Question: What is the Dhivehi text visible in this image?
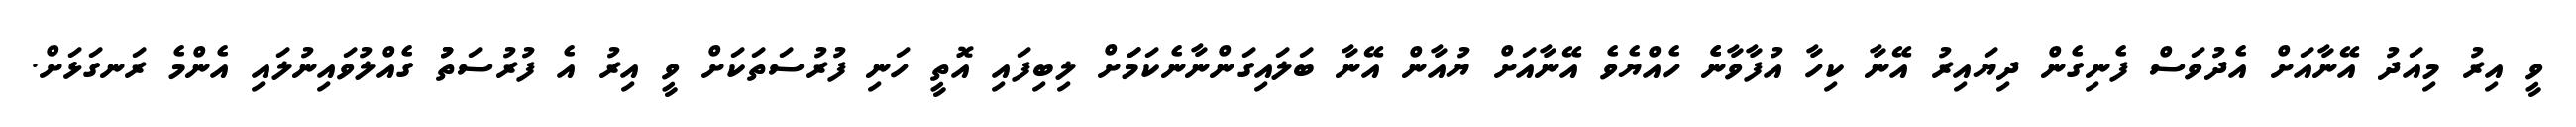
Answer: ވީ އިރު މިއަދު އޭނާއަށް އެދުވަސް ފެނިގެން ދިޔައިރު އޭނާ ކިހާ އުފާވާނެެ ހެއްޔެވެ އޭނާއަށް ޔުއާން އޭނާ ބަލައިގަންނާނެކަމަަށް ލިބިފައި އޮތީ ހަނި ފުރުސަތަކަށް ވީ އިރު އެ ފުރުސަތުު ގެއްލުވައިނުލައި އެންމެ ރަނގަޅަށް.